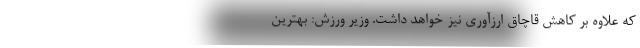
که علاوه بر کاهش قاچاق ارزآوری نیز خواهد داشت. وزیر ورزش: بهترین